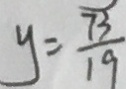
y = \frac { 7 3 } { 1 9 }